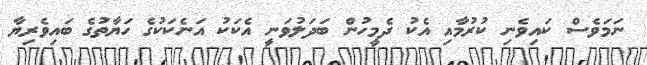
ނަމަވެސް ކައިވެނި ކުރުމާއި އެކު ދެމީހުން ބަދަލުވަނީ އެކަކު އަނެކަކުގެ ހަޔާތުގެ ބައިވެރިޔާ